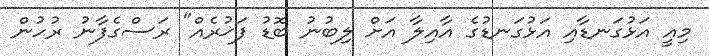
މިއީ އަޅުގަނޑާއި އަޅުގަނޑުގެ އާއިލާ އަށް ލިބުނު ބޮޑު ފަޚުރެއް" ރަސްގެފާނު ރުހުން